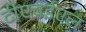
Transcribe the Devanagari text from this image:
टीएचईएल